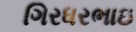
ગિરધરભાઇ